Leningradi_Edasi_toimetus, lk 76
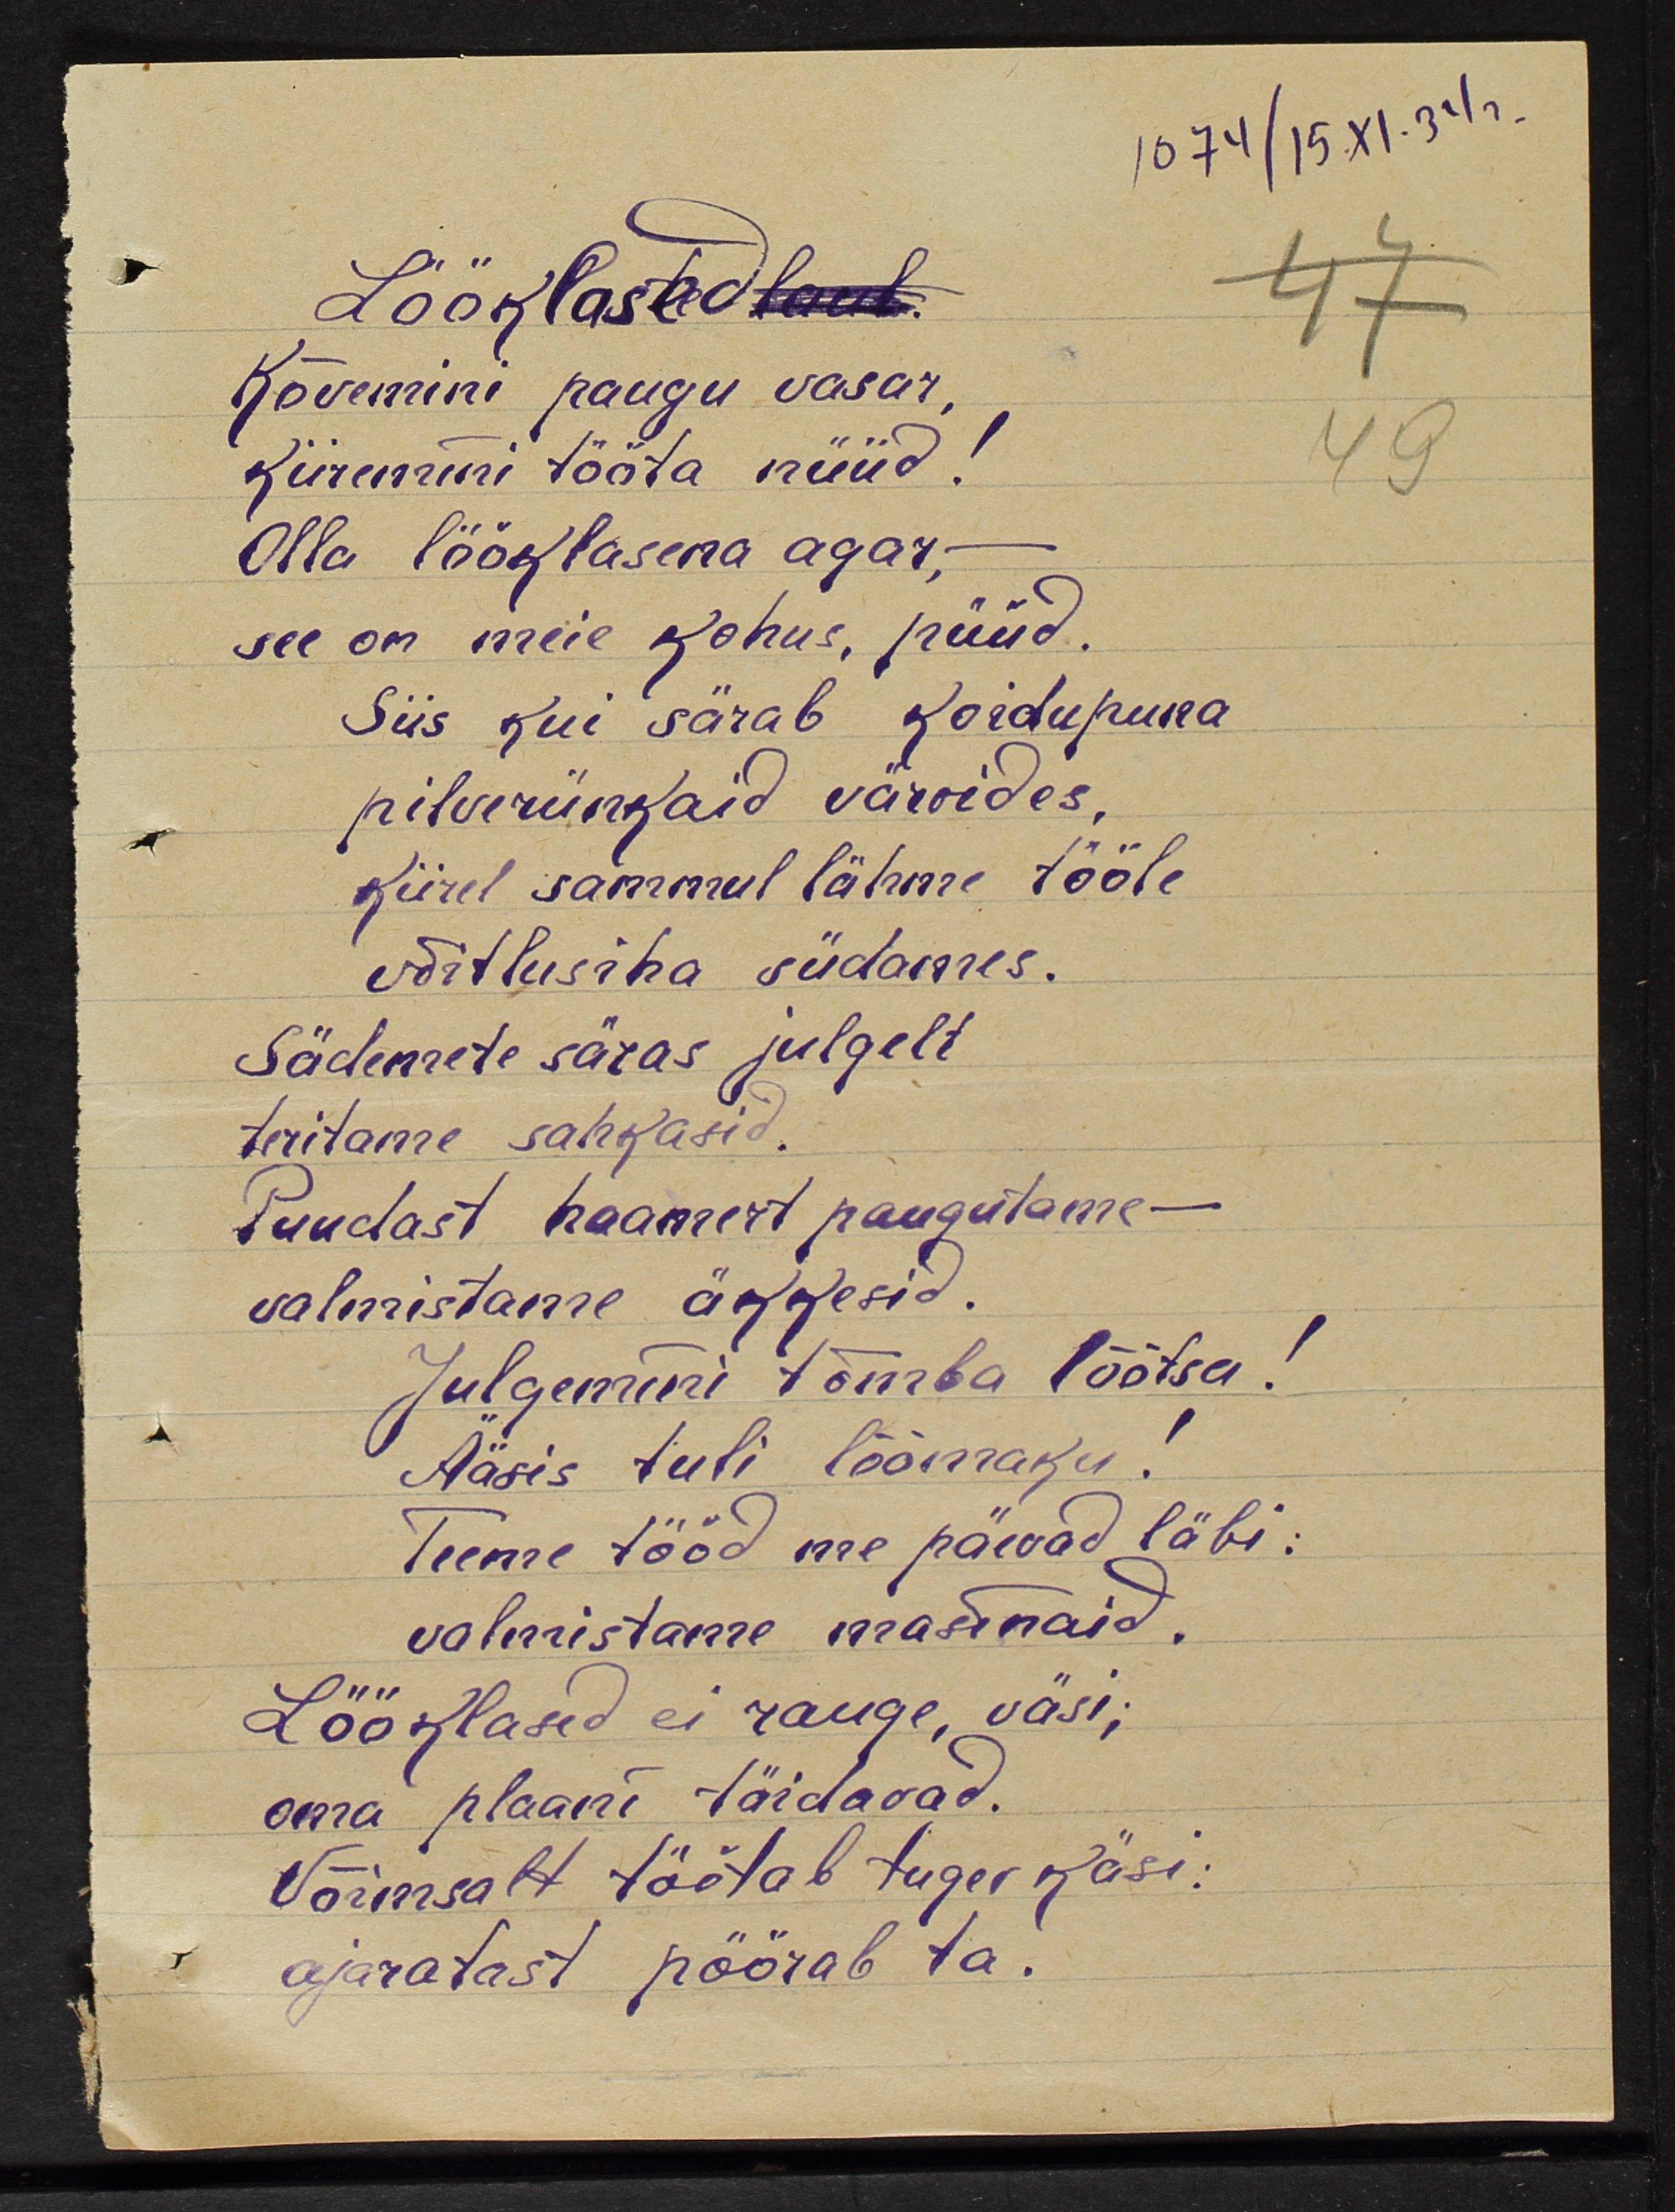
1074/15.XI
Lööklased laul
Kõvemini paugu vasar,
kiiremini tööta nüüd!
Olla lööklasena agar, -
see on meie kohus, püüd
Siis kui särab koidupuna
pilverünkaid värvides
Kiirel sammul lähme tööle
võitlusiha südames.
Sädemete säras julgelt
teritame sahkasid
Puudast haamrit paugutame -
valmistame äkkesid
Julgemini tõmba lõõtsa!
Ääsis tuli lõõmaku
Teeme tööd me päevad läbi:
valmistame masinaid
Lööklased ei rauge, väsi;
oma plaani täidavad.
Võimsalt töötab tugev käsi:
ajaratast pöörab ta.